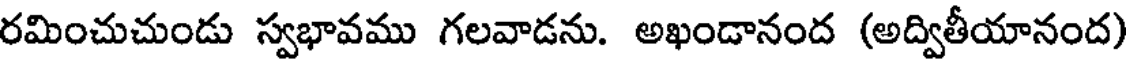
రమించుచుండు స్వభావము గలవాడను. అఖండానంద (అద్వితీయానంద)